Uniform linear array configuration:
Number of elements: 4
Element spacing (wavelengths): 0.25
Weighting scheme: binomial
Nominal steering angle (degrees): -60
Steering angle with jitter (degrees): -60.888
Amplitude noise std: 0.05
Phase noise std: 0.05

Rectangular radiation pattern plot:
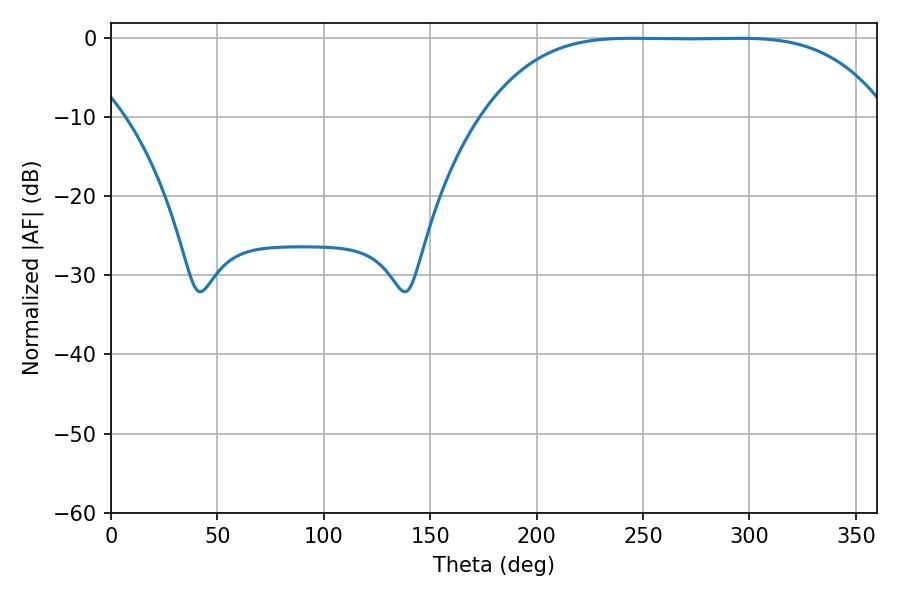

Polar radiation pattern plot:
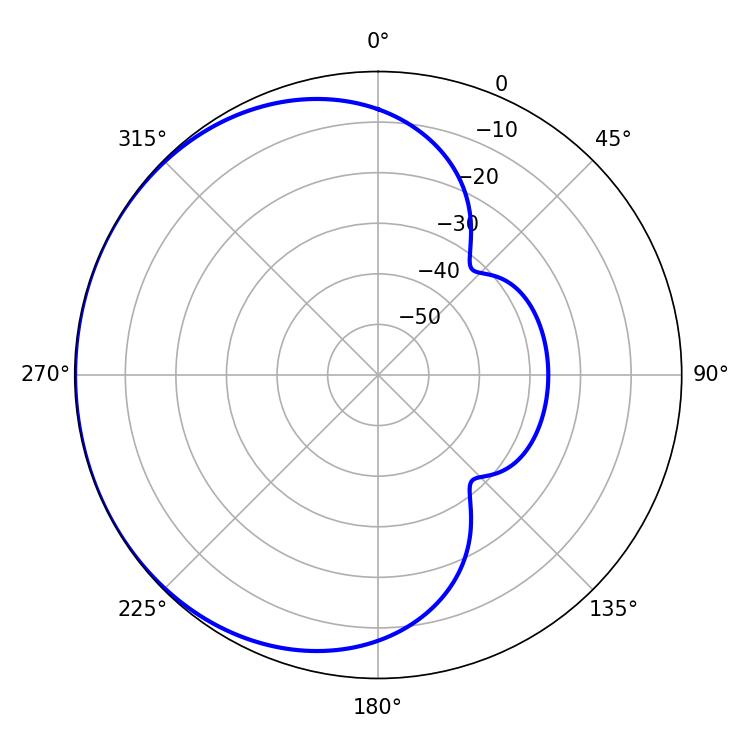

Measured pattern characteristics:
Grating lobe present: FALSE
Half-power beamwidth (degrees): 143.64
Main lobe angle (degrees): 244.98